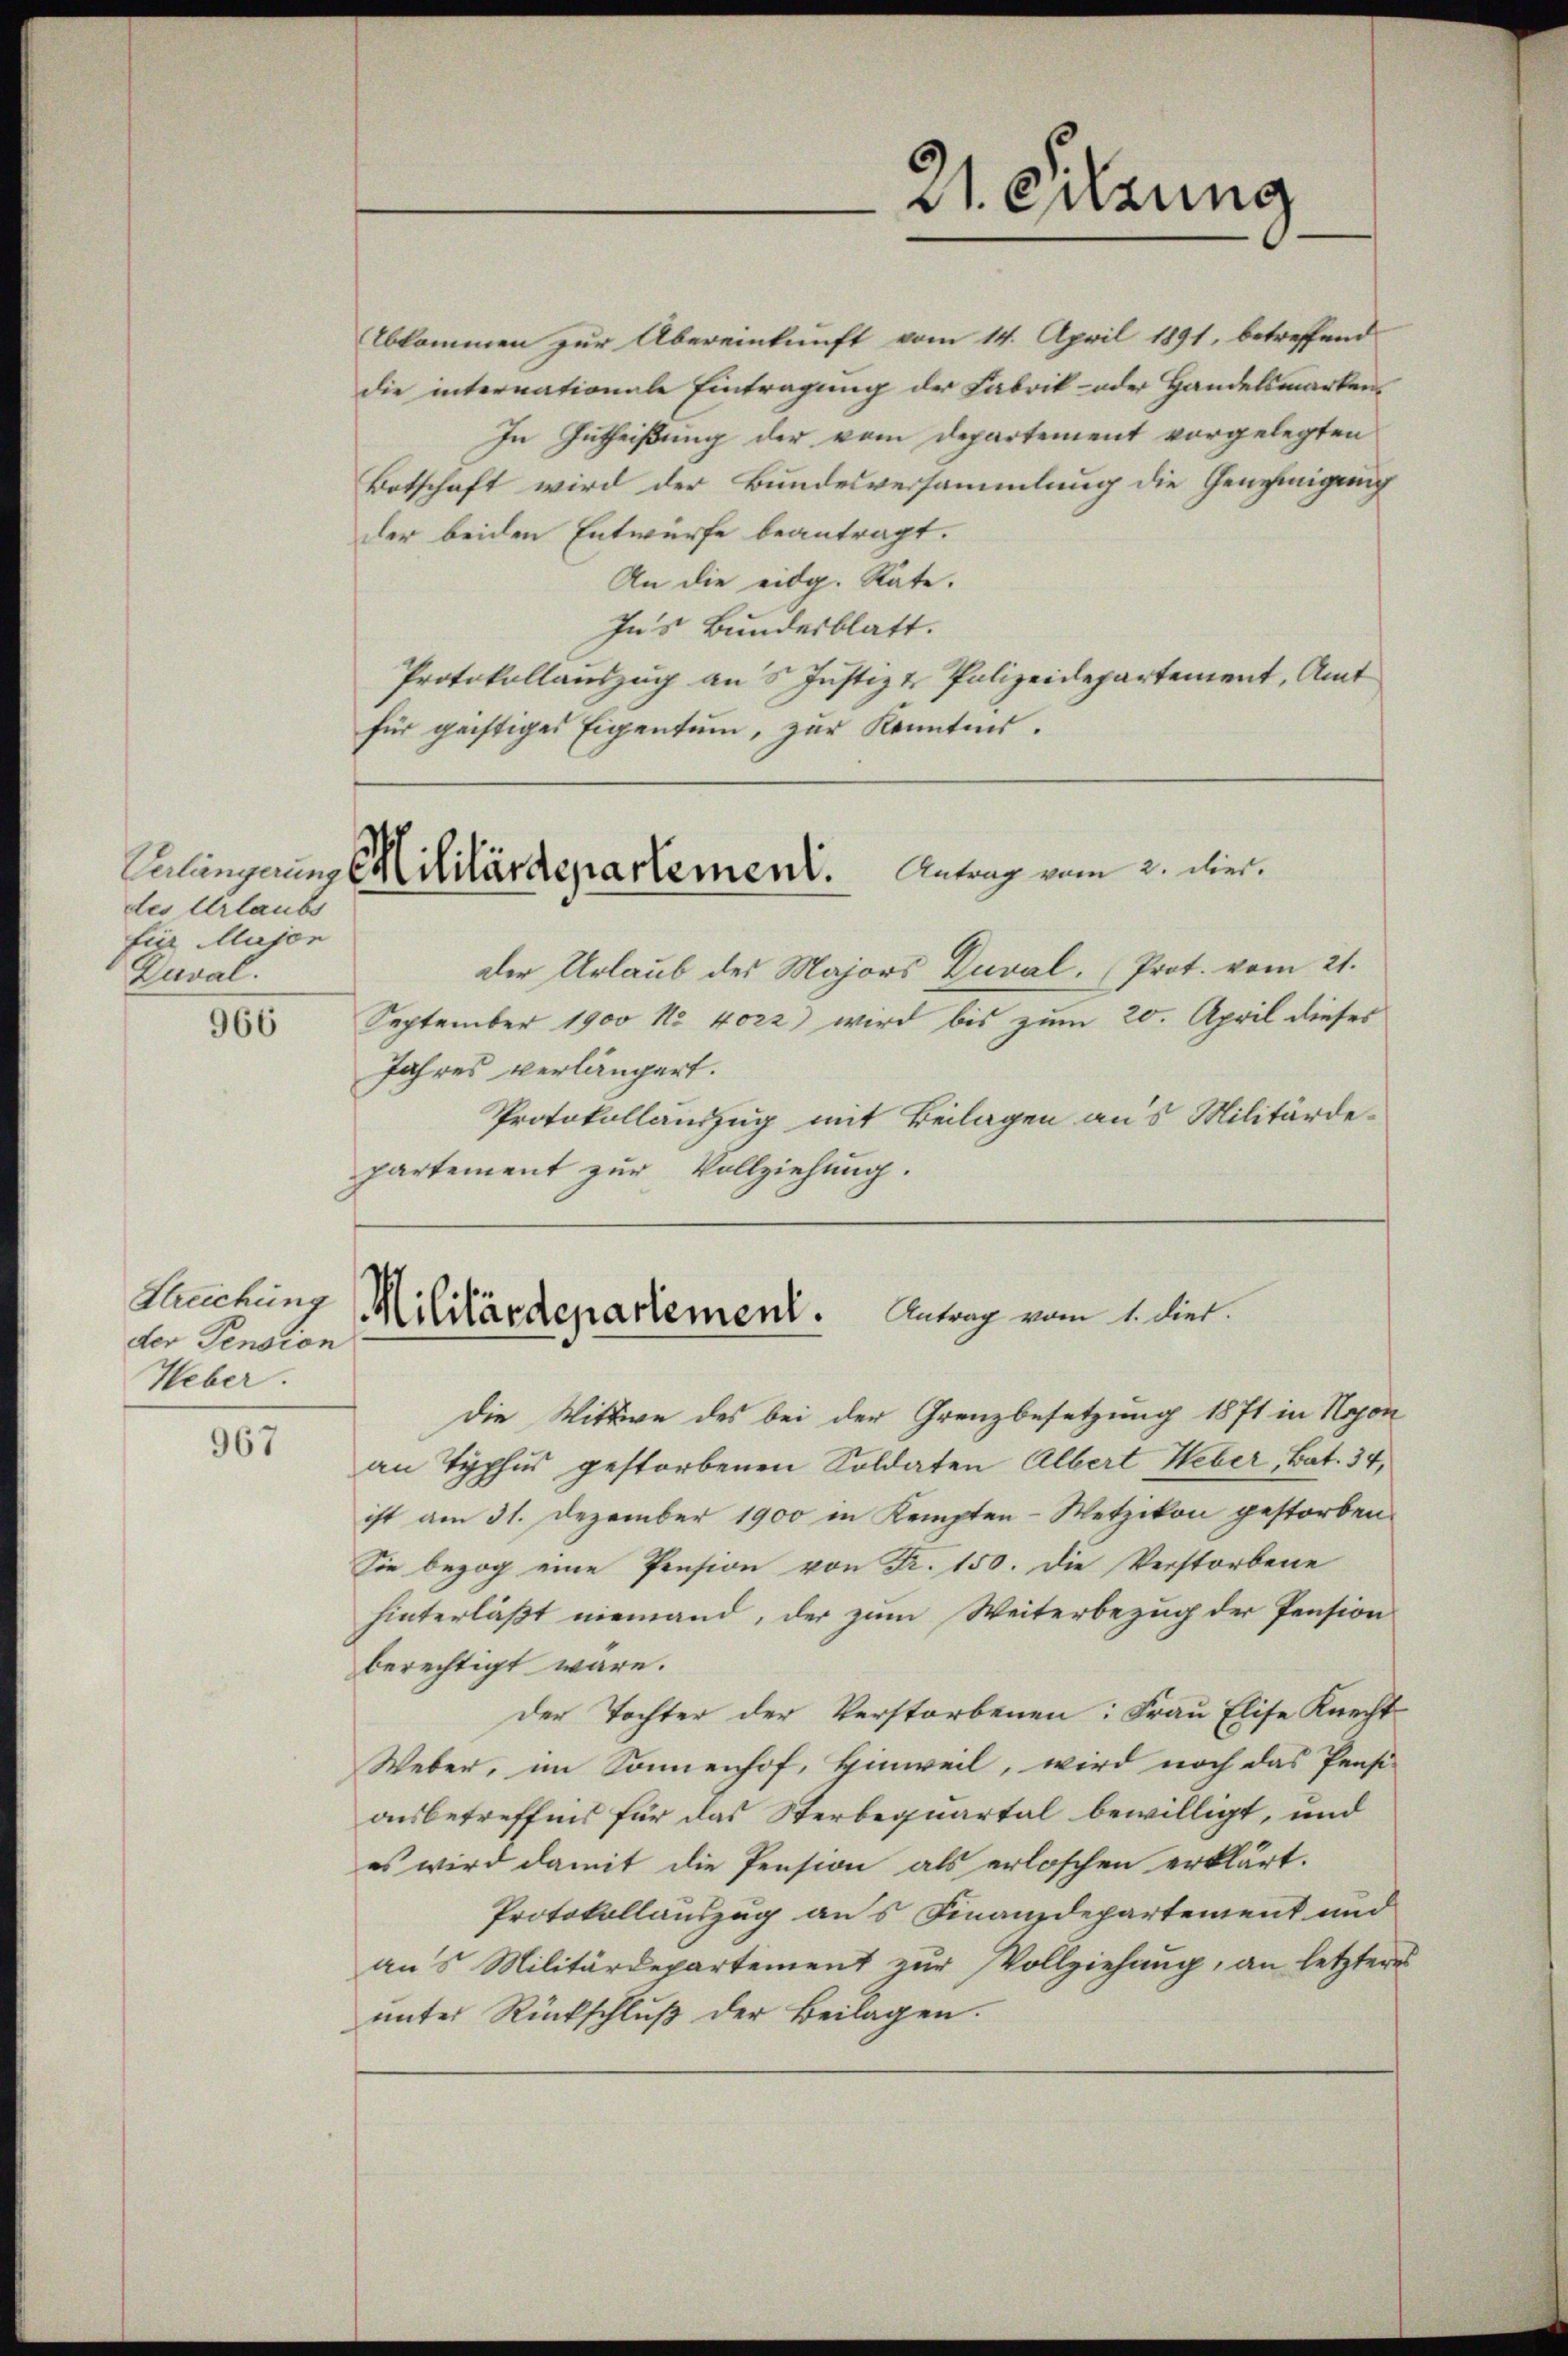
des Urlaubs
fie Major
Zuval.

966

967

Ebkommen zur Übereinkunft vom 14. April 1891, betreffend
die internationale Eintragung der Fabrik- oder Handelsmarken
In Zutheißung der vom Departement vorgelegten
Botschaft wird der Bundesversammlung die Genehmigung
der beiden Entwurfe beantragt.
An die eidg. Rate.
Ins Bundesblatt.
Protokollauszug an 5 Justiz & Polizeidepartement, Amt
für geistiges Eigentum, zur Kenntnis.

Streichung
der Pension
Heber.

Calingerung Militärdepartement. Antrag vom 2. Dier.

Der Urlaub des Majors Deval. (Prot. vom 21.
September 1900 No 4022) wird bis zum 20. April dieses
Jahres verlängert.
Protokollauszug mit Beilagen aus Militärde-
partement zur Vollziehung.

Militärdepartement. Antrag vom 1. Diet.

Die Wittwe des bei der Grenzbesetzung 1871 in Najon
an Typhus gestorbenen Soldaten Albert Heber, Bat. 34,
ist am 31. Dezember 1900 in Kempten-Wetzikon gestorben.
Sie bezog eine Pension von Fr. 150. Die Verstorbene
hinterläßt niemand, der zum Weiterbezug der Pension
berechtigt wäre.
der Tochter der Verstorbenen: Frau Elise Knecht
Weber, im Sonnenhof, Hinweil, wird noch das Pensi-
aubetreffend für das Sterbequartal bewilligt, und
es wird damit die Pension als erloschen erklärt.
Protokollauszug aus Finanzdepartement und
an's Militärdepartement zŭr Vollziehung, an letzteres
ŭnter Rückschlŭβ der Beilagen.

21. Sitzung